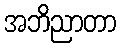
အဘိညာတာ